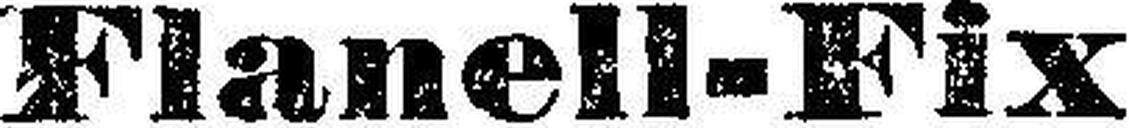
Flanell-Fix